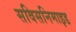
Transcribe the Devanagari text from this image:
सविसनिमाइड